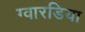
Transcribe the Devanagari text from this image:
ग्वारडिया